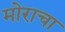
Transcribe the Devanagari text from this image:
मोराचा